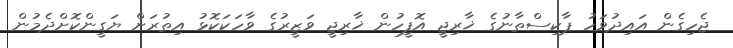
ޖެހިގެން އައިދުވަހު ޕާކިސްތާނުގެ ޚާރިޖީ އޮފީހުން ޚާރިޖީ ވަޒީރުގެ ވާހަކަކޮޅު އިތުރަށް ޔަގީންކޮށްދެމުން